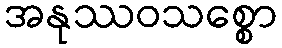
အနုဿဝသစ္စော